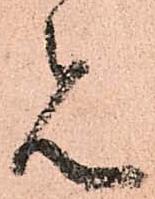
見